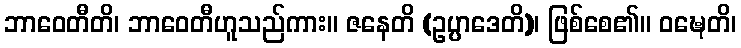
ဘာဝေတီတိ၊ ဘာဝေတီဟူသည်ကား။ ဇနေတိ (ဥပ္ပာဒေတိ)၊ ဖြစ်စေ၏။ ဝဍ္ဎေတိ၊